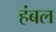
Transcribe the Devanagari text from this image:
हंबल